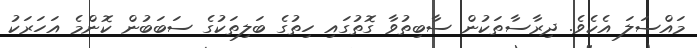
މައްސަލަ އެކެވެ. ދިރާސާތަކުން ސާބިތުވާ ގޮތުގައި ހިތުގެ ބަލިތަކުގެ ސަބަބުން ކޮންމެ އަހަރަކު